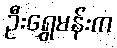
ဦးရွှေမန်းက